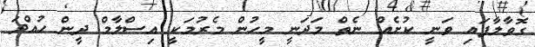
ގޮވާލާފައި ވަނީ ކުށެއް ނެތް މަދަނީ މީހުން މެރުމަކީ އިސްލާމް ދީން ހުއްދަ